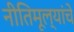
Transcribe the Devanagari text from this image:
नीतिमूल्यांचे